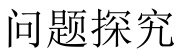
问题探究